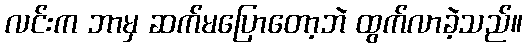
လင်းက ဘာမှ ဆက်မပြောတော့ဘဲ ထွက်လာခဲ့သည်။